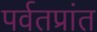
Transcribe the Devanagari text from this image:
पर्वतप्रांत